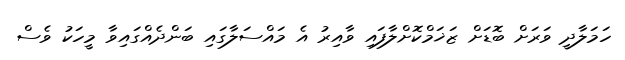
ހަމަލާދީ ވަރަށް ބޮޑަށް ޒަޚަމްކޮށްލާފައި ވާއިރު އެ މައްސަލާގައި ބަންދެއްގައިވާ މީހަކު ވެސް